Annual report of the Imperial Bacteriological Laboratory, Muktesar
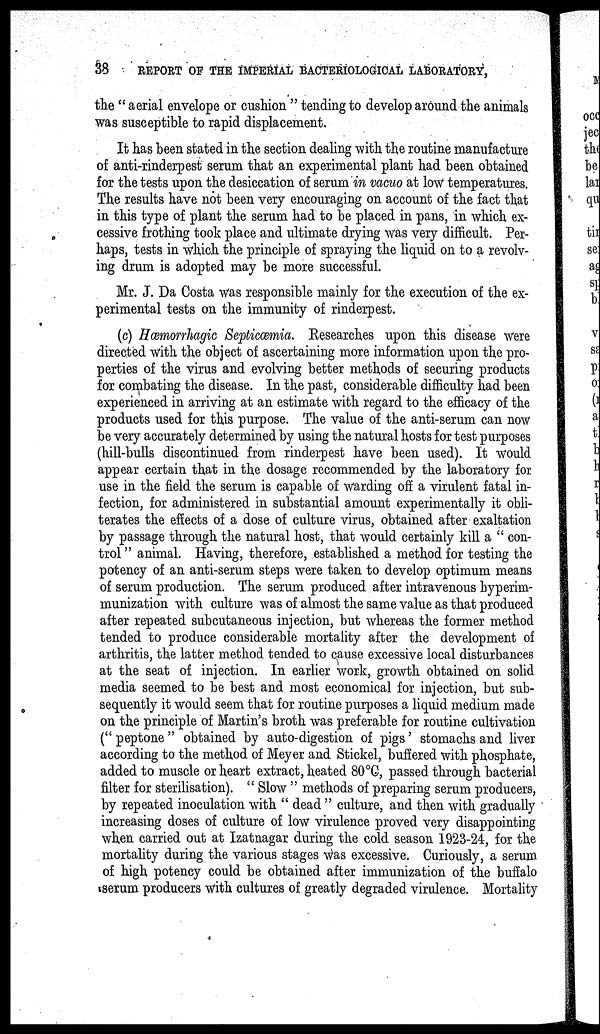
38
REPORT OF THE IMPERIAL BACTERIOLOGICAL LABORATORY,
the " aerial envelope or cushion " tending to develop around the animals
was susceptible to rapid displacement.
It has been stated in the section dealing with the routine manufacture
of anti-rinderpest serum that an experimental plant had been obtained
for the tests upon the desiccation of serum in vacuo at low temperatures.
The results have not been very encouraging on account of the fact that
in this type of plant the serum had to be placed in pans, in which ex-
cessive frothing took place and ultimate drying was very difficult. Per-
haps, tests in which the principle of spraying the liquid on to a revolv-
ing drum is adopted may be more successful.
Mr. J. Da Costa was responsible mainly for the execution of the ex-
perimental tests on the immunity of rinderpest.
(c) Hæmorrhagic Septicæmia. Researches upon this disease were
directed with the object of ascertaining more information upon the pro-
perties of the virus and evolving better methods of securing products
for combating the disease. In the past, considerable difficulty had been
experienced in arriving at an estimate with regard to the efficacy of the
products used for this purpose. The value of the anti-serum can now
be very accurately determined by using the natural hosts for test purposes
(hill-bulls discontinued from rinderpest have been used). It would
appear certain that in the dosage recommended by the laboratory for
use in the field the serum is capable of warding off a virulent fatal in-
fection, for administered in substantial amount experimentally it obli-
terates the effects of a dose of culture virus, obtained after exaltation
by passage through the natural host, that would certainly kill a " con-
trol " animal. Having, therefore, established a method for testing the
potency of an anti-serum steps were taken to develop optimum means
of serum production. The serum produced after intravenous hyperim¬
munization with culture was of almost the same value as that produced
after repeated subcutaneous injection, but whereas the former method
tended to produce considerable mortality after the development of
arthritis, the latter method tended to cause excessive local disturbances
at the seat of injection. In earlier work, growth obtained on solid
media seemed to be best and most economical for injection, but sub-
sequently it would seem that for routine purposes a liquid medium made
on the principle of Martin's broth was preferable for routine cultivation
(" peptone " obtained by auto-digestion of pigs' stomachs and liver
according to the method of Meyer and Stickel, buffered with phosphate,
added to muscle or heart extract, heated 80°C, passed through bacterial
filter for sterilisation). " Slow " methods of preparing serum producers,
by repeated inoculation with " dead " culture, and then with gradually
increasing doses of culture of low virulence proved very disappointing
when carried out at Izatnagar during the cold season 1923-24, for the
mortality during the various stages was excessive. Curiously, a serum
of high potency could be obtained after immunization of the buffalo
serum producers with cultures of greatly degraded virulence. Mortality